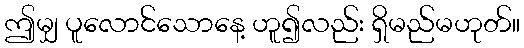
ဤမျှ ပူလောင်သောနေ့ ဟူ၍လည်း ရှိမည်မဟုတ်။